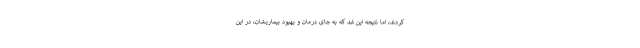
کردند، اما نتیجه این شد که به جای درمان و بهبود بیماریشان، در این